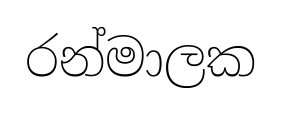
රන්මාලක